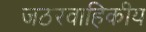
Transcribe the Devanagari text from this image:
जठरवाहिकीय